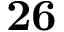
\mathbf { 2 6 }